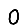
Digit: 0